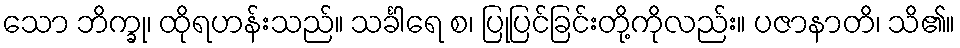
သော ဘိက္ခု၊ ထိုရဟန်းသည်။ သင်္ခါရေ စ၊ ပြုပြင်ခြင်းတို့ကိုလည်း။ ပဇာနာတိ၊ သိ၏။